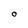
Character: O